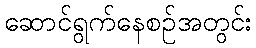
ဆောင်ရွက်နေစဉ်အတွင်း